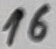
Text: 16